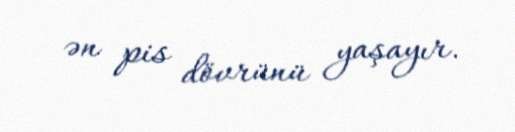
ən pis dövrünü yaşayır.